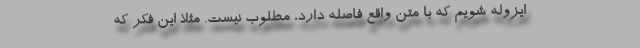
ایزوله شویم که با متن واقع فاصله دارد، مطلوب نیست. مثلا این فکر که